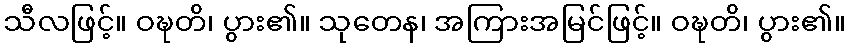
သီလဖြင့်။ ဝဍ္ဎတိ၊ ပွား၏။ သုတေန၊ အကြားအမြင်ဖြင့်။ ဝဍ္ဎတိ၊ ပွား၏။